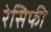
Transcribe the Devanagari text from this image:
रेसिफी